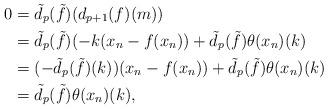
LaTeX: \begin{align*} 0&= \tilde d_p(\tilde f)(d_{p+1}(f)(m)) \\&= \tilde d_p(\tilde f)(-k(x_n - f(x_n)) + \tilde d_p(\tilde f)\theta (x_n)(k)\\&= (-\tilde d_p(\tilde f)(k))(x_n - f(x_n)) + \tilde d_p(\tilde f)\theta(x_n)(k)\\&= \tilde d_p(\tilde f)\theta(x_n)(k),\\ \end{align*}